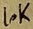
Text: 10K